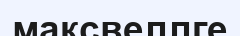
максвеллге